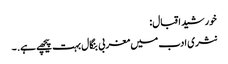
خورشید اقبال:
نثری ادب میں مغربی بنگال بہت پیچھے ہے. ۔